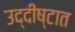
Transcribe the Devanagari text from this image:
उद्दीष्टात